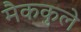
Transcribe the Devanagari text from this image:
मैककुले